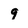
Character: 9